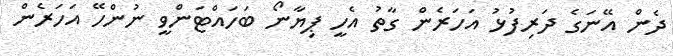
ދެން އޭނަގެ ދަރިފުޅު އަހަރެން ގާތު އެހީ ޕިޔާނޯ ބަހައްޓަންވީ ނުންހޭ އަހަރެން